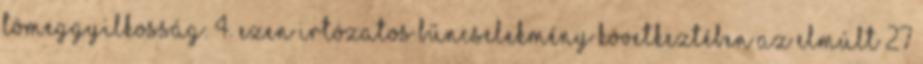
tömeggyilkosság. 4. Ezen irtózatos bűncselekmény következtében az elmúlt 27